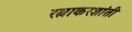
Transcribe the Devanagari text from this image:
रत्नाकरशांती